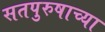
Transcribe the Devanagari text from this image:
सतपुरुषाच्या